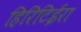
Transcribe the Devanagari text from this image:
हिरिटिईरा